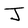
Character: J